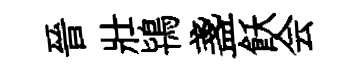
晉壯鴇盞飫会